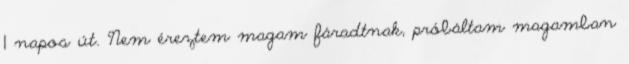
1 napos út. Nem éreztem magam fáradtnak, próbáltam magamban